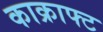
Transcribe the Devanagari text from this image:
काक्राफ्ट